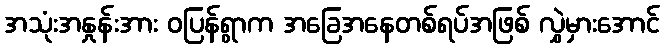
အသုံးအနှုန်းအား ဝပြန်ရွာက အခြေအနေတစ်ရပ်အဖြစ် လွှဲမှားအောင်